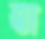
বা